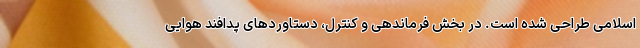
اسلامی طراحی شده است. در بخش فرماندهی و کنترل، دستاوردهای پدافند هوایی